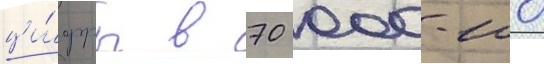
ци́фры в 70 000-100